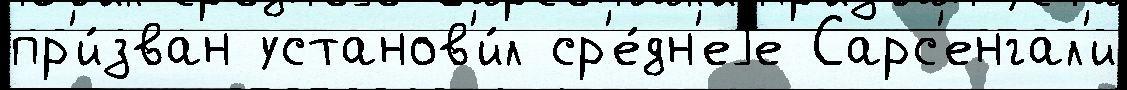
пр'и́зван установ'и́л ср'е́дн'еjе Сарс'енгал'и